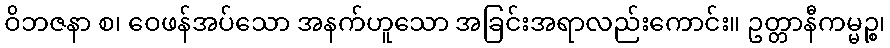
ဝိဘဇနာ စ၊ ဝေဖန်အပ်သော အနက်ဟူသော အခြင်းအရာလည်းကောင်း။ ဥတ္တာနီကမ္မဉ္စ၊